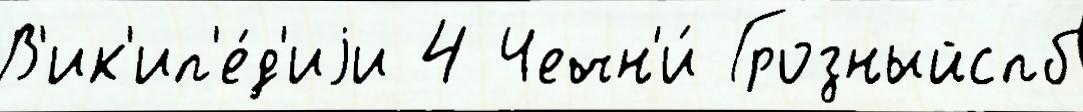
В'ик'ип'е́д'иjи 4 Чечн'и́ Грозныйспб